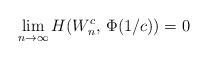
LaTeX: \begin{align*}\lim_{n\to\infty}H(W^c_n,\,\Phi(1/c))=0\end{align*}